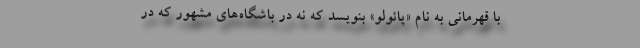
با قهرمانی به نام «پائولو» بنویسد که نه در باشگاه‌های مشهور که در